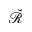
\breve { \mathscr R }